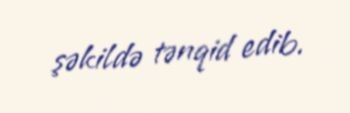
şəkildə tənqid edib.